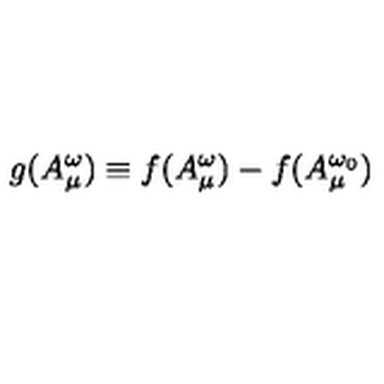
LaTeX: g ( A _ { \mu } ^ { \omega } ) \equiv f ( A _ { \mu } ^ { \omega } ) - f ( A _ { \mu } ^ { \omega _ { 0 } } )